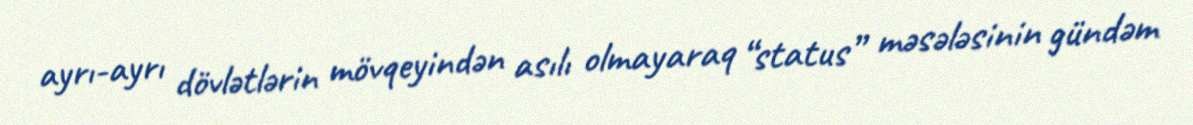
ayrı-ayrı dövlətlərin mövqeyindən asılı olmayaraq “status” məsələsinin gündəm